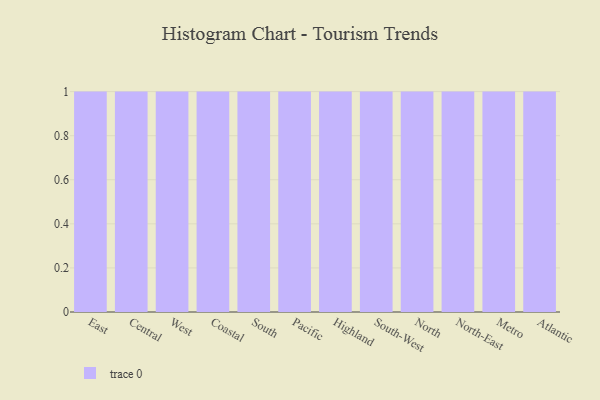
{"axis": {"x": "Region", "y": "Customer Acquisition Cost (USD)"}, "legend": [""], "data": [{"x": "East", "y": 86, "type": ""}, {"x": "Central", "y": 72, "type": ""}, {"x": "West", "y": 1, "type": ""}, {"x": "Coastal", "y": 72, "type": ""}, {"x": "South", "y": 80, "type": ""}, {"x": "Pacific", "y": 45, "type": ""}, {"x": "Highland", "y": 81, "type": ""}, {"x": "South-West", "y": 30, "type": ""}, {"x": "North", "y": 52, "type": ""}, {"x": "North-East", "y": 7, "type": ""}, {"x": "Metro", "y": 96, "type": ""}, {"x": "Atlantic", "y": 61, "type": ""}]}